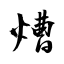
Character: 㷮